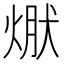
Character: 𭵃